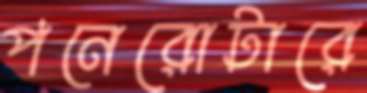
পনেরোটারে